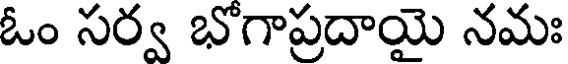
ఓం సర్వ భోగాప్రదాయై నమః